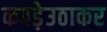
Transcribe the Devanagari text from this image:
कपड़ेउठाकर